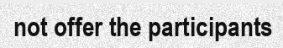
not offer the participants